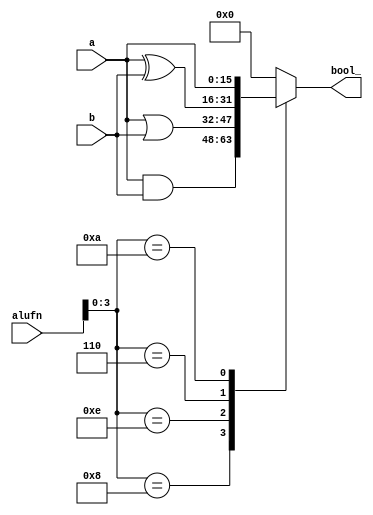
module boolean_10 (
    input [5:0] alufn,
    input [15:0] a,
    input [15:0] b,
    output reg [15:0] bool_
  );
  
  
  
  reg [15:0] bool;
  
  always @* begin
    
    case (alufn[0+3-:4])
      4'h8: begin
        bool = a & b;
      end
      4'he: begin
        bool = a | b;
      end
      4'h6: begin
        bool = a ^ b;
      end
      4'ha: begin
        bool = a;
      end
      default: begin
        bool = 16'h0000;
      end
    endcase
    bool_ = bool;
  end
endmodule